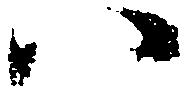
い